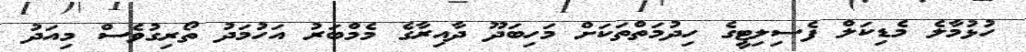
ހުޅުމާލެ މެޑިކަލް ފެސިލިޓީގެ ހިދުމަތްތަކަށް މަހިބަދޫ ދާއިރާގެ މެމްބަރު އަހުމަދު ތޯރިގުވެސް މިއަދު